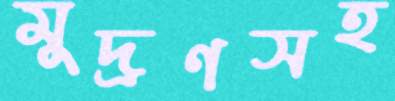
মুদ্রণসহ